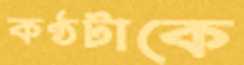
কণ্ঠটাকে